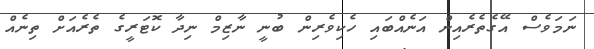
ނަމަވެސް އޭގެތެރެއިން އަނެއްބައި ހެކިވެރިން ބުނީ ނާޒިމް ނިދާ ކޮޓަރީގެ ތެރެއަށް ތިނެއް